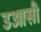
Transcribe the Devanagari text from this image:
उआसी